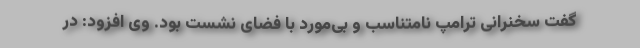
گفت سخنرانی ترامپ نامتناسب و بی‌مورد با فضای نشست بود. وی افزود: در